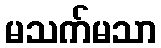
မသက်မသာ